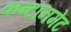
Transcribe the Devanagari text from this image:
कन्टानमेंट